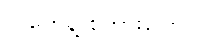
လူတွေနဲ့ စကားပြောပါ။